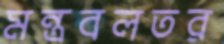
মন্ত্রবলতর